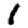
Digit: 1